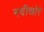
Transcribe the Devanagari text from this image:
नदीखोरे